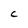
Character: C